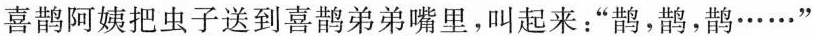
喜鹊阿姨把虫子送到喜鹊弟弟嘴里，叫起来：”鹊，鹊，鹊······”